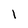
Character: 1